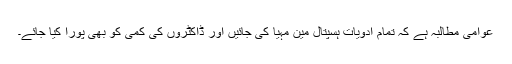
عوامی مطالبہ ہے کہ تمام ادویات ہسپتال مین مہیا کی جائیں اور ڈاکٹروں کی کمی کو بھی پورا کیا جائے۔